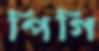
পিগি